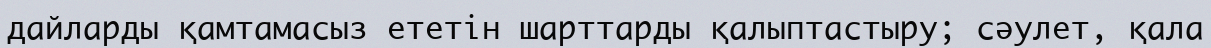
дайларды қамтамасыз ететін шарттарды қалыптастыру; сәулет, қала